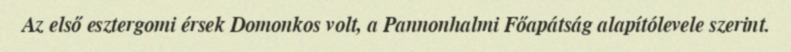
Az első esztergomi érsek Domonkos volt, a Pannonhalmi Főapátság alapítólevele szerint.